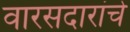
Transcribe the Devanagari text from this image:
वारसदारांचे